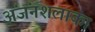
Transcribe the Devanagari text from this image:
अंजंनशलाका